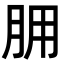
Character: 𦙸